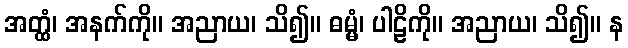
အတ္ထံ၊ အနက်ကို။ အညာယ၊ သိ၍။ ဓမ္မံ၊ ပါဠိကို။ အညာယ၊ သိ၍။ န